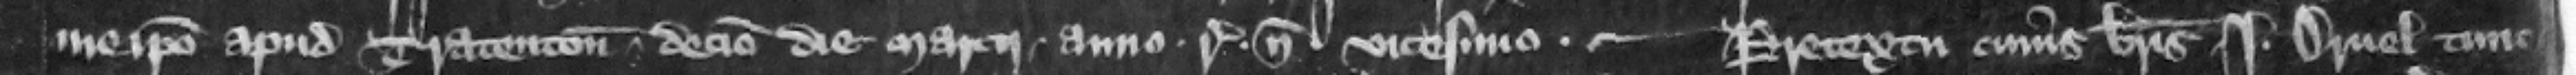
me ipso apud Tratenton decimo die Marcii . anno . regni nostri . vicesimo. --- Pretextu cuius brevis . Iohannes Druel tunc